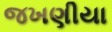
જખણીયા